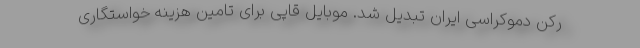
رکن دموکراسی ایران تبدیل شد. موبایل قاپی برای تامین هزینه خواستگاری